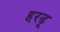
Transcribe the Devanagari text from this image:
हरडू